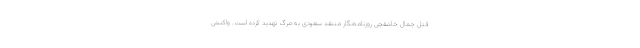
قتل جمال خاشقچی روزنامه‌نگار منتقد سعودی به مرگ تهدید کرده است. واکنش